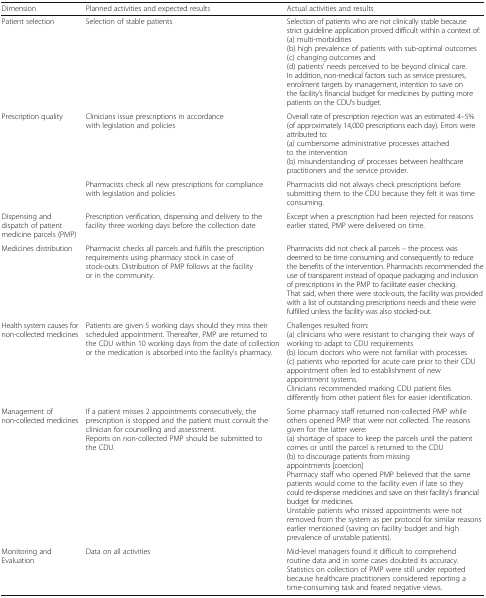
| Dimension | Planned activities and expected results | Actual activities and results |
 | --- | --- | --- |
 | Patient selection | Selection of stable patients | Selection of patients who are not clinically stable because strict guideline application proved difficult within a context of:(a) multi-morbidities(b) high prevalence of patients with sub-optimal outcomes(c) changing outcomes and(d) patients’ needs perceived to be beyond clinical care.In addition, non-medical factors such as service pressures, enrolment targets by management, intention to save on the facility’s financial budget for medicines by putting more patients on the CDU’s budget. |
 | <ROWSPAN=2> Prescription quality | Clinicians issue prescriptions in accordance with legislation and policies | Overall rate of prescription rejection was an estimated 4–5% (of approximately 14,000 prescriptions each day). Errors were attributed to:(a) cumbersome administrative processes attached to the intervention(b) misunderstanding of processes between healthcare practitioners and the service provider. |
 | Pharmacists check all new prescriptions for compliance with legislation and policies | Pharmacists did not always check prescriptions before submitting them to the CDU because they felt it was time consuming. |
 | Dispensing and dispatch of patient medicine parcels (PMP) | Prescription verification, dispensing and delivery to the facility three working days before the collection date | Except when a prescription had been rejected for reasons earlier stated, PMP were delivered on time. |
 | Medicines distribution | Pharmacist checks all parcels and fulfils the prescription requirements using pharmacy stock in case of stock-outs. Distribution of PMP follows at the facility or in the community. | Pharmacists did not check all parcels – the process was deemed to be time consuming and consequently to reduce the benefits of the intervention. Pharmacists recommended the use of transparent instead of opaque packaging and inclusion of prescriptions in the PMP to facilitate easier checking. That said, when there were stock-outs, the facility was provided with a list of outstanding prescriptions needs and these were fulfilled unless the facility was also stocked-out. |
 | Health system causes for non-collected medicines | Patients are given 5 working days should they miss their scheduled appointment. Thereafter, PMP are returned to the CDU within 10 working days from the date of collection or the medication is absorbed into the facility’s pharmacy. | Challenges resulted from:(a) clinicians who were resistant to changing their ways of working to adapt to CDU requirements(b) locum doctors who were not familiar with processes(c) patients who reported for acute care prior to their CDU appointment often led to establishment of new appointment systems.Clinicians recommended marking CDU patient files differently from other patient files for easier identification. |
 | Management of non-collected medicines | If a patient misses 2 appointments consecutively, the prescription is stopped and the patient must consult the clinician for counselling and assessment.Reports on non-collected PMP should be submitted to the CDU. | Some pharmacy staff returned non-collected PMP while others opened PMP that were not collected. The reasons given for the latter were:(a) shortage of space to keep the parcels until the patient comes or until the parcel is returned to the CDU (b) to discourage patients from missing appointments [coercion]Pharmacy staff who opened PMP believed that the same patients would come to the facility even if late so they could re-dispense medicines and save on their facility's financial budget for medicines.Unstable patients who missed appointments were not removed from the system as per protocol for similar reasons earlier mentioned (saving on facility budget and high prevalence of unstable patients). |
 | Monitoring and Evaluation | Data on all activities | Mid-level managers found it difficult to comprehend routine data and in some cases doubted its accuracy. Statistics on collection of PMP were still under reported because healthcare practitioners considered reporting a time-consuming task and feared negative views. |